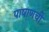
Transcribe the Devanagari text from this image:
पाषाणची